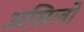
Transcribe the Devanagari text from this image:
असिलो